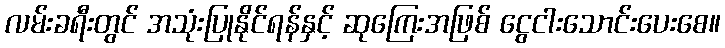
လမ်းခရီးတွင် အသုံးပြုနိုင်ရန်နှင့် ဆုကြေးအဖြစ် ငွေငါးသောင်းပေးစေ။